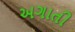
અગાતી